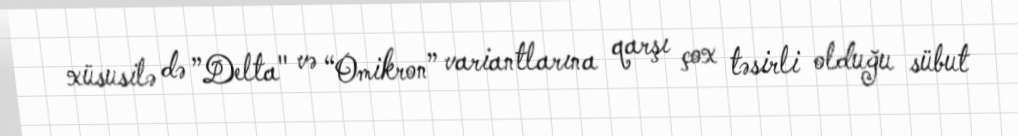
xüsusilə də ”Delta" və “Omikron” variantlarına qarşı çox təsirli olduğu sübut